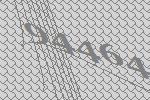
94464